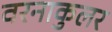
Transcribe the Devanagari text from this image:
वरनाकुलर